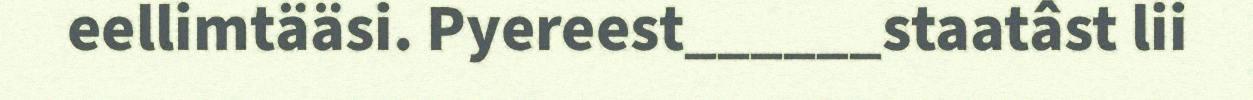
eellimtääsi. Pyereest______staatâst lii